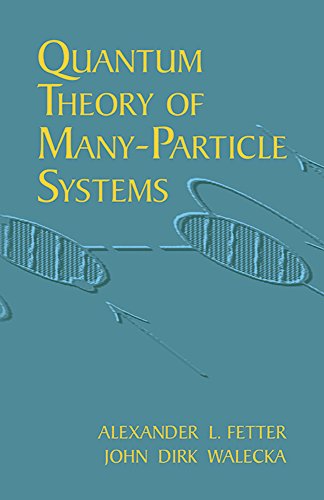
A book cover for Quantum Theory of Many-Particle Systems (Dover Books on Physics); Alexander L. Fetter; Science & Math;